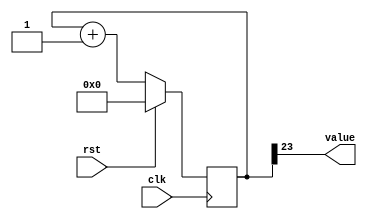
/*
   This file was generated automatically by the Mojo IDE version B1.3.5.
   Do not edit this file directly. Instead edit the original Lucid source.
   This is a temporary file and any changes made to it will be destroyed.
*/

/*
   Parameters:
     SIZE = 1
     DIV = 23
     TOP = 0
     UP = 1
*/
module counter_3 (
    input clk,
    input rst,
    output reg [0:0] value
  );
  
  localparam SIZE = 1'h1;
  localparam DIV = 5'h17;
  localparam TOP = 1'h0;
  localparam UP = 1'h1;
  
  
  reg [23:0] M_ctr_d, M_ctr_q = 1'h0;
  
  localparam MAX_VALUE = 24'h7fffff;
  
  always @* begin
    M_ctr_d = M_ctr_q;
    
    value = M_ctr_q[23+0-:1];
    if (1'h1) begin
      M_ctr_d = M_ctr_q + 1'h1;
      if (1'h0 && M_ctr_q == 24'h7fffff) begin
        M_ctr_d = 1'h0;
      end
    end else begin
      M_ctr_d = M_ctr_q - 1'h1;
      if (1'h0 && M_ctr_q == 1'h0) begin
        M_ctr_d = 24'h7fffff;
      end
    end
  end
  
  always @(posedge clk) begin
    if (rst == 1'b1) begin
      M_ctr_q <= 1'h0;
    end else begin
      M_ctr_q <= M_ctr_d;
    end
  end
  
endmodule